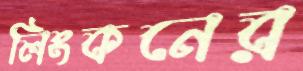
লিংকনের